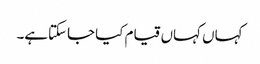
کہاں کہاں قیام کیا جاسکتاہے۔